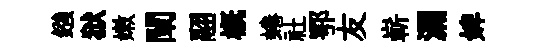
鏹狱嫩闡翮概蜷社鄂友嶄漏婢